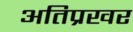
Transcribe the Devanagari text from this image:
अतिप्रखर